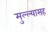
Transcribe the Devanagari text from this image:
मुल्ल्यासह